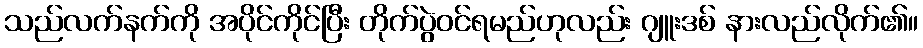
သည်လက်နက်ကို အပိုင်ကိုင်ပြီး တိုက်ပွဲဝင်ရမည်ဟုလည်း ဂျူးဒစ် နားလည်လိုက်၏။